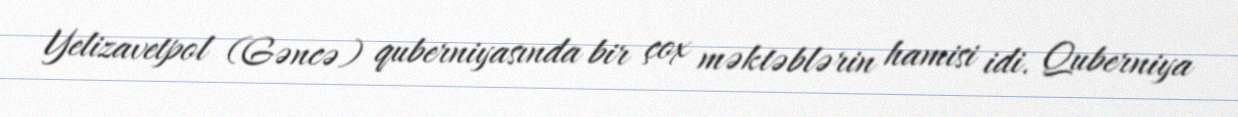
Yelizavetpol (Gəncə) quberniyasında bir çox məktəblərin hamisi idi. Quberniya